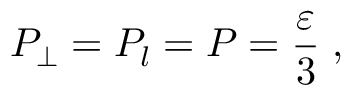
P _ { \perp } = P _ { l } = P = \frac { \varepsilon } { 3 } \; ,